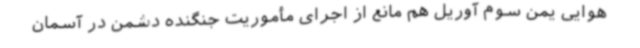
هوایی یمن سوم آوریل هم مانع از اجرای مأموریت جنگنده دشمن در آسمان